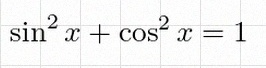
\sin^2x+\cos^2x=1